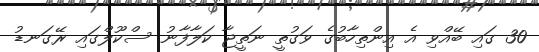
30 ގައި ބޭއްވި އެ އިންތިހާބުގެ ވަގުތީ ނަތީޖާ ކަލާފާނު ސްކޫލްގައި ރޭގަނޑު